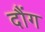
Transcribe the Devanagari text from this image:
दौंग